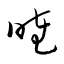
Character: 睦